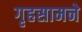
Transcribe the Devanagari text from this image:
गृहसामने